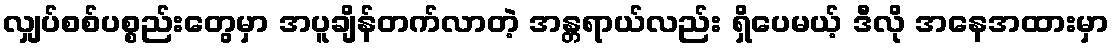
လျှပ်စစ်ပစ္စည်းတွေမှာ အပူချိန်တက်လာတဲ့ အန္တရာယ်လည်း ရှိပေမယ့် ဒီလို အနေအထားမှာ